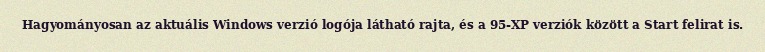
Hagyományosan az aktuális Windows verzió logója látható rajta, és a 95-XP verziók között a Start felirat is.